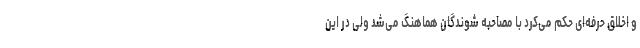
و اخلاق حرفه‌ای حکم می‌کرد با مصاحبه شوندگان هماهنگ می‌شد ولی در این